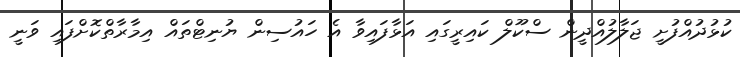
ކުޅުދުއްފުށީ ޖަލާލުއްދީން ސްކޫލް ކައިރީގައި އަޅާފައިވާ އެ ހައުސިން ޔުނިޓްތައް އިމާރާތްކޮށްފައި ވަނީ